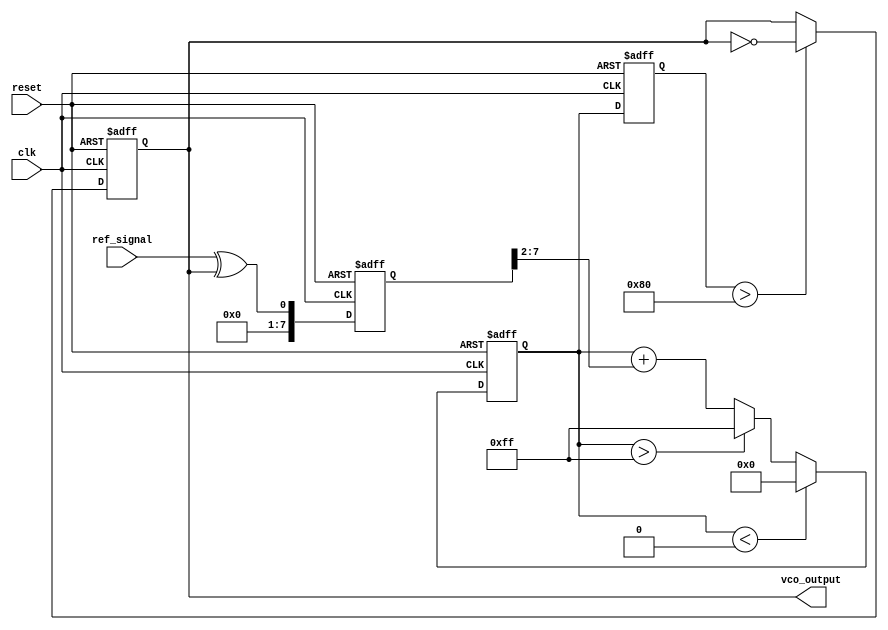
module PLL (
    input wire clk,                // System clock
    input wire reset,              // Reset signal
    input wire ref_signal,         // Reference signal input
    output reg vco_output          // Output of the VCO
);

// Parameters
parameter MEMORY_SIZE = 16;       // Size of the memory block
parameter FILTER_COEFF = 4'b0011; // Loop filter coefficient
parameter VCO_MAX_FREQ = 8'b11111111; // Max frequency of VCO
parameter VCO_MIN_FREQ = 8'b00000000; // Min frequency of VCO

// Internal signals
reg [7:0] phase_error;            // Phase error signal
reg [7:0] control_voltage;         // Control voltage for VCO
reg [7:0] vco_frequency;           // Current frequency of the VCO
reg [7:0] memory [0:MEMORY_SIZE-1]; // Memory blocks for phase error storage
reg [3:0] mem_ptr;                 // Memory pointer for FIFO usage

// Phase Detector
always @(posedge clk or posedge reset) begin
    if (reset) begin
        phase_error <= 8'b0;
    end else begin
        // Simple phase comparison (assuming edge detection)
        phase_error <= (ref_signal ^ vco_output); // Example phase error calculation
    end
end

// Loop Filter
always @(posedge clk or posedge reset) begin
    if (reset) begin
        control_voltage <= 8'b0;
    end else begin
        control_voltage <= control_voltage + (phase_error >> 2); // Simple LPF implementation
        // Limit control voltage to VCO range
        if (control_voltage > VCO_MAX_FREQ) control_voltage <= VCO_MAX_FREQ;
        if (control_voltage < VCO_MIN_FREQ) control_voltage <= VCO_MIN_FREQ;
    end
end

// Voltage-Controlled Oscillator
always @(posedge clk or posedge reset) begin
    if (reset) begin
        vco_frequency <= 8'b0;
        vco_output <= 1'b0;
    end else begin
        // Adjust the VCO frequency based on control voltage
        vco_frequency <= control_voltage;
        // Simple VCO output generation for demonstration
        vco_output <= (vco_frequency > 8'b10000000) ? ~vco_output : vco_output; // Toggle based on frequency
    end
end

// Memory Block - Store phase errors
always @(posedge clk or posedge reset) begin
    if (reset) begin
        mem_ptr <= 4'b0;
    end else begin
        // Store phase error in memory
        memory[mem_ptr] <= phase_error;
        mem_ptr <= (mem_ptr + 1) % MEMORY_SIZE; // Circular buffer
    end
end

endmodule